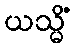
ယသ္မိံ